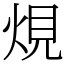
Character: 䙺